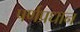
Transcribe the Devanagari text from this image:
पर्णप्रधान